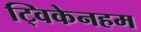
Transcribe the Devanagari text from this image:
ट्विकेनहम